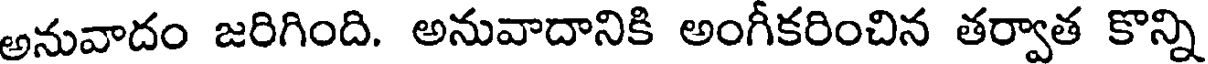
అనువాదం జరిగింది. అనువాదానికి అంగీకరించిన తర్వాత కొన్ని